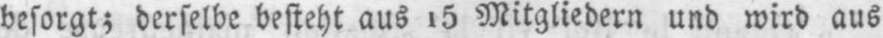
besorgt; derselbe besteht aus 15 Mitgliedern und wird aus